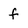
Character: f